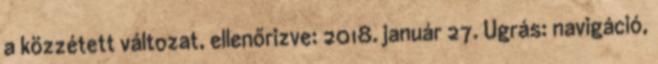
a közzétett változat, ellenőrizve: 2018. január 27. Ugrás: navigáció,